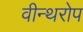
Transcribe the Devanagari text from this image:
वीन्थरोप